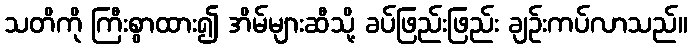
သတိကို ကြီးစွာထား၍ အိမ်များဆီသို့ ခပ်ဖြည်းဖြည်း ချဉ်းကပ်လာသည်။